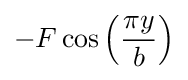
-F\cos \left({\frac {\pi y}{b}}\right)